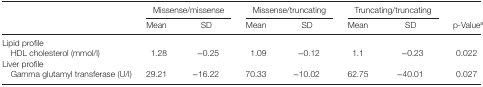
<table><thead><tr><td></td><td colspan="2"><b>Missense/missense</b></td><td colspan="2"><b>Missense/truncating</b></td><td colspan="2"><b>Truncating/truncating</b></td><td></td></tr><tr><td></td><td><b>Mean</b></td><td><b>SD</b></td><td><b>Mean</b></td><td><b>SD</b></td><td><b>Mean</b></td><td><b>SD</b></td><td><b>p-Valuea</b></td></tr></thead><tbody><tr><td colspan="8">Lipid profile</td></tr><tr><td> HDL cholesterol (mmol/l)</td><td>1.28</td><td>−0.25</td><td>1.09</td><td>−0.12</td><td>1.1</td><td>−0.23</td><td>0.022</td></tr><tr><td colspan="8">Liver profile</td></tr><tr><td> Gamma glutamyl transferase (U/l)</td><td>29.21</td><td>−16.22</td><td>70.33</td><td>−10.02</td><td>62.75</td><td>−40.01</td><td>0.027</td></tr></tbody></table>